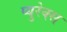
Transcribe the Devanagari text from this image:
प्युरेक्स